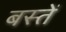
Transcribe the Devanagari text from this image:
बस्‍तें